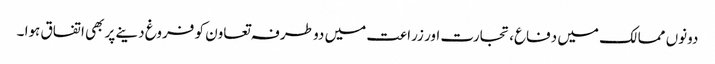
دونوں ممالک میں دفاع، تجارت اور زراعت میں دو طرفہ تعاون کو فروغ دینے پر بھی اتفاق ہوا ۔